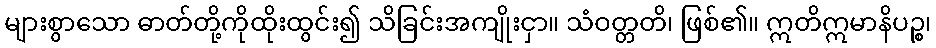
များစွာသော ဓာတ်တို့ကိုထိုးထွင်း၍ သိခြင်းအကျိုးငှာ။ သံဝတ္တတိ၊ ဖြစ်၏။ ဣတိဣမာနိပဉ္စ၊